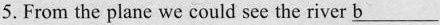
5.From the plane we could see the river \underline{b}